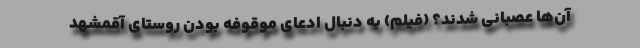
آن‌ها عصبانی شدند؟ (فیلم) به دنبال ادعای موقوفه بودن روستای آقمشهد